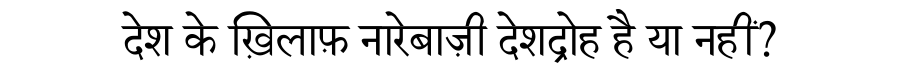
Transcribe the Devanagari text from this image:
देश के ख़िलाफ़ नारेबाज़ी देशद्रोह है या नहीं?